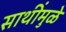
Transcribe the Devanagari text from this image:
साथींमुळे